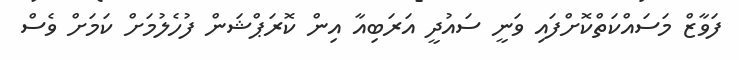
ފަވާޒް މަސައްކަތްކޮށްފައި ވަނީ ސައުދީ އަރަބިއާ އިން ކޮރަޕްޝަން ފުހެލުމަށް ކަމަށް ވެސް